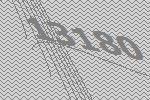
13180